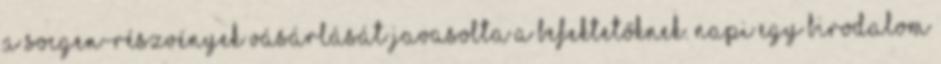
a SocGen-részvények vásárlását javasolta a befektetőknek. NAPI Egy birodalom